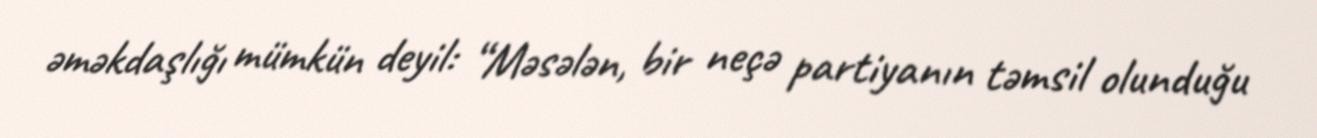
əməkdaşlığı mümkün deyil: “Məsələn, bir neçə partiyanın təmsil olunduğu